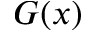
G ( x )